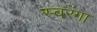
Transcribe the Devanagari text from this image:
स्वरंगा